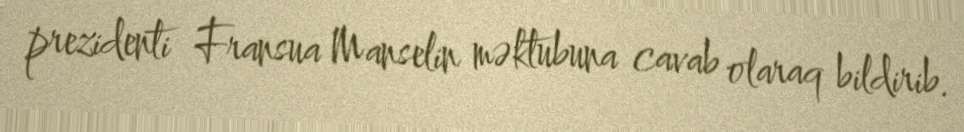
prezidenti Fransua Manselin məktubuna cavab olaraq bildirib.